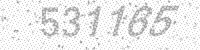
Solution: 531165